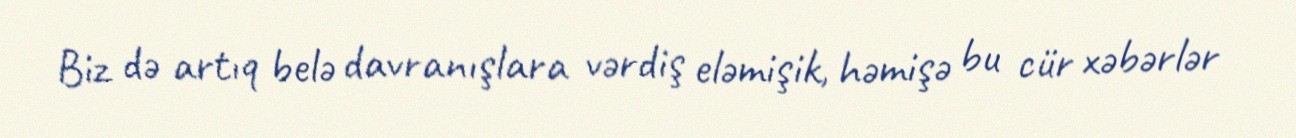
Biz də artıq belə davranışlara vərdiş eləmişik, həmişə bu cür xəbərlər